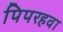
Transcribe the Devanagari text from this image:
पिपरहवा